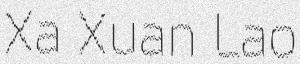
Xa Xuan Lao